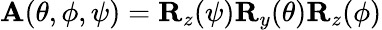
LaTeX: {\mathbf A}(\theta,\phi,\psi)={\mathbf R}_{z}(\psi){\mathbf R}_{y}(\theta){\mathbf R}_{z}(\phi)